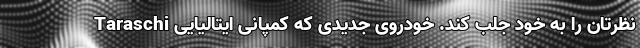
نظرتان را به خود جلب کند. خودروی جدیدی که کمپانی ایتالیایی Taraschi